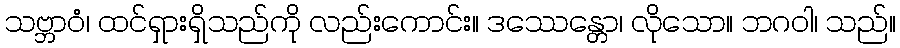
သဗ္ဘာဝံ၊ ထင်ရှားရှိသည်ကို လည်းကောင်း။ ဒဿေန္တော၊ လိုသော။ ဘဂဝါ၊ သည်။